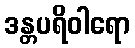
ဒန္တပရိဝါရော